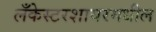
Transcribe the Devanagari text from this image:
लँकेस्टरशायरमधील